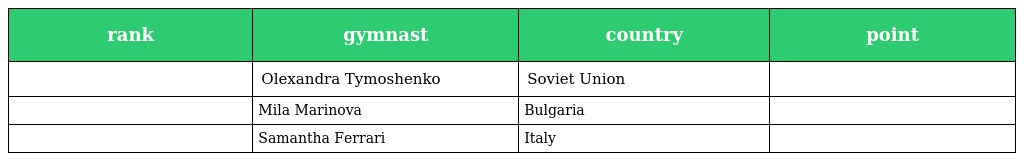
| rank | gymnast | country | point |
 | --- | --- | --- | --- |
 |  | Olexandra Tymoshenko | Soviet Union |  |
 |  | Mila Marinova | Bulgaria |  |
 |  | Samantha Ferrari | Italy |  |